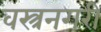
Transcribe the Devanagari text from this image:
वस्त्रनगरी